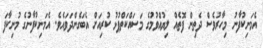
އެމަނިކުފާނު މިހާރުވެސް ދެތިން ފޮތެއް ލިޔުއްވުމުގެ މަސައްކަތްޕުޅު ކުރިއަށް އެބަގެންދަވައެވެ. އެމަނިކުފާނުގެ މުނިކާފަ